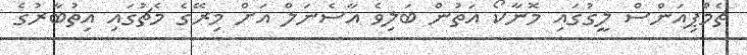
ޗެމްޕިއަންސް ލީގުގައި މޮނާކޯ އަތުން ބަލިވެ އާސެނަލް އަށް މިރޭގެ މެޗުގައި އިތުބާރުގެ